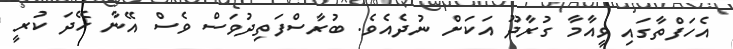
އެހަފްތާގައި ވީއާމާ ގުރާދޫ އަކަށް ނުދެއެވެ. ބުރާސްފަތިދުވަސް ވެސް އޭނާ ހޭދަ ކުރީ